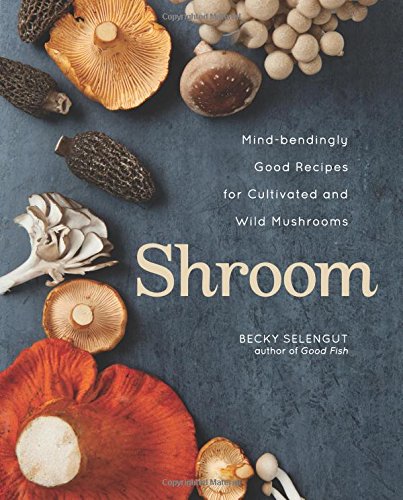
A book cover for Shroom: Mind-bendingly Good Recipes for Cultivated and Wild Mushrooms; Becky Selengut; Cookbooks, Food & Wine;